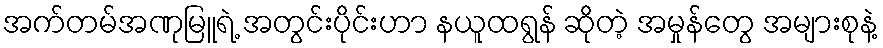
အက်တမ်အဏုမြူရဲ့ အတွင်းပိုင်းဟာ နယူထရွန် ဆိုတဲ့ အမှုန်တွေ အများစုနဲ့